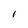
Character: I